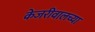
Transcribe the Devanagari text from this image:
केजरीवालच्या